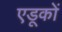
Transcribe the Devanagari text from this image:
एडूकों